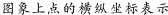
图象上点的横纵坐标表示